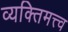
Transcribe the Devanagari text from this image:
व्यक्‍तिमत्त्व